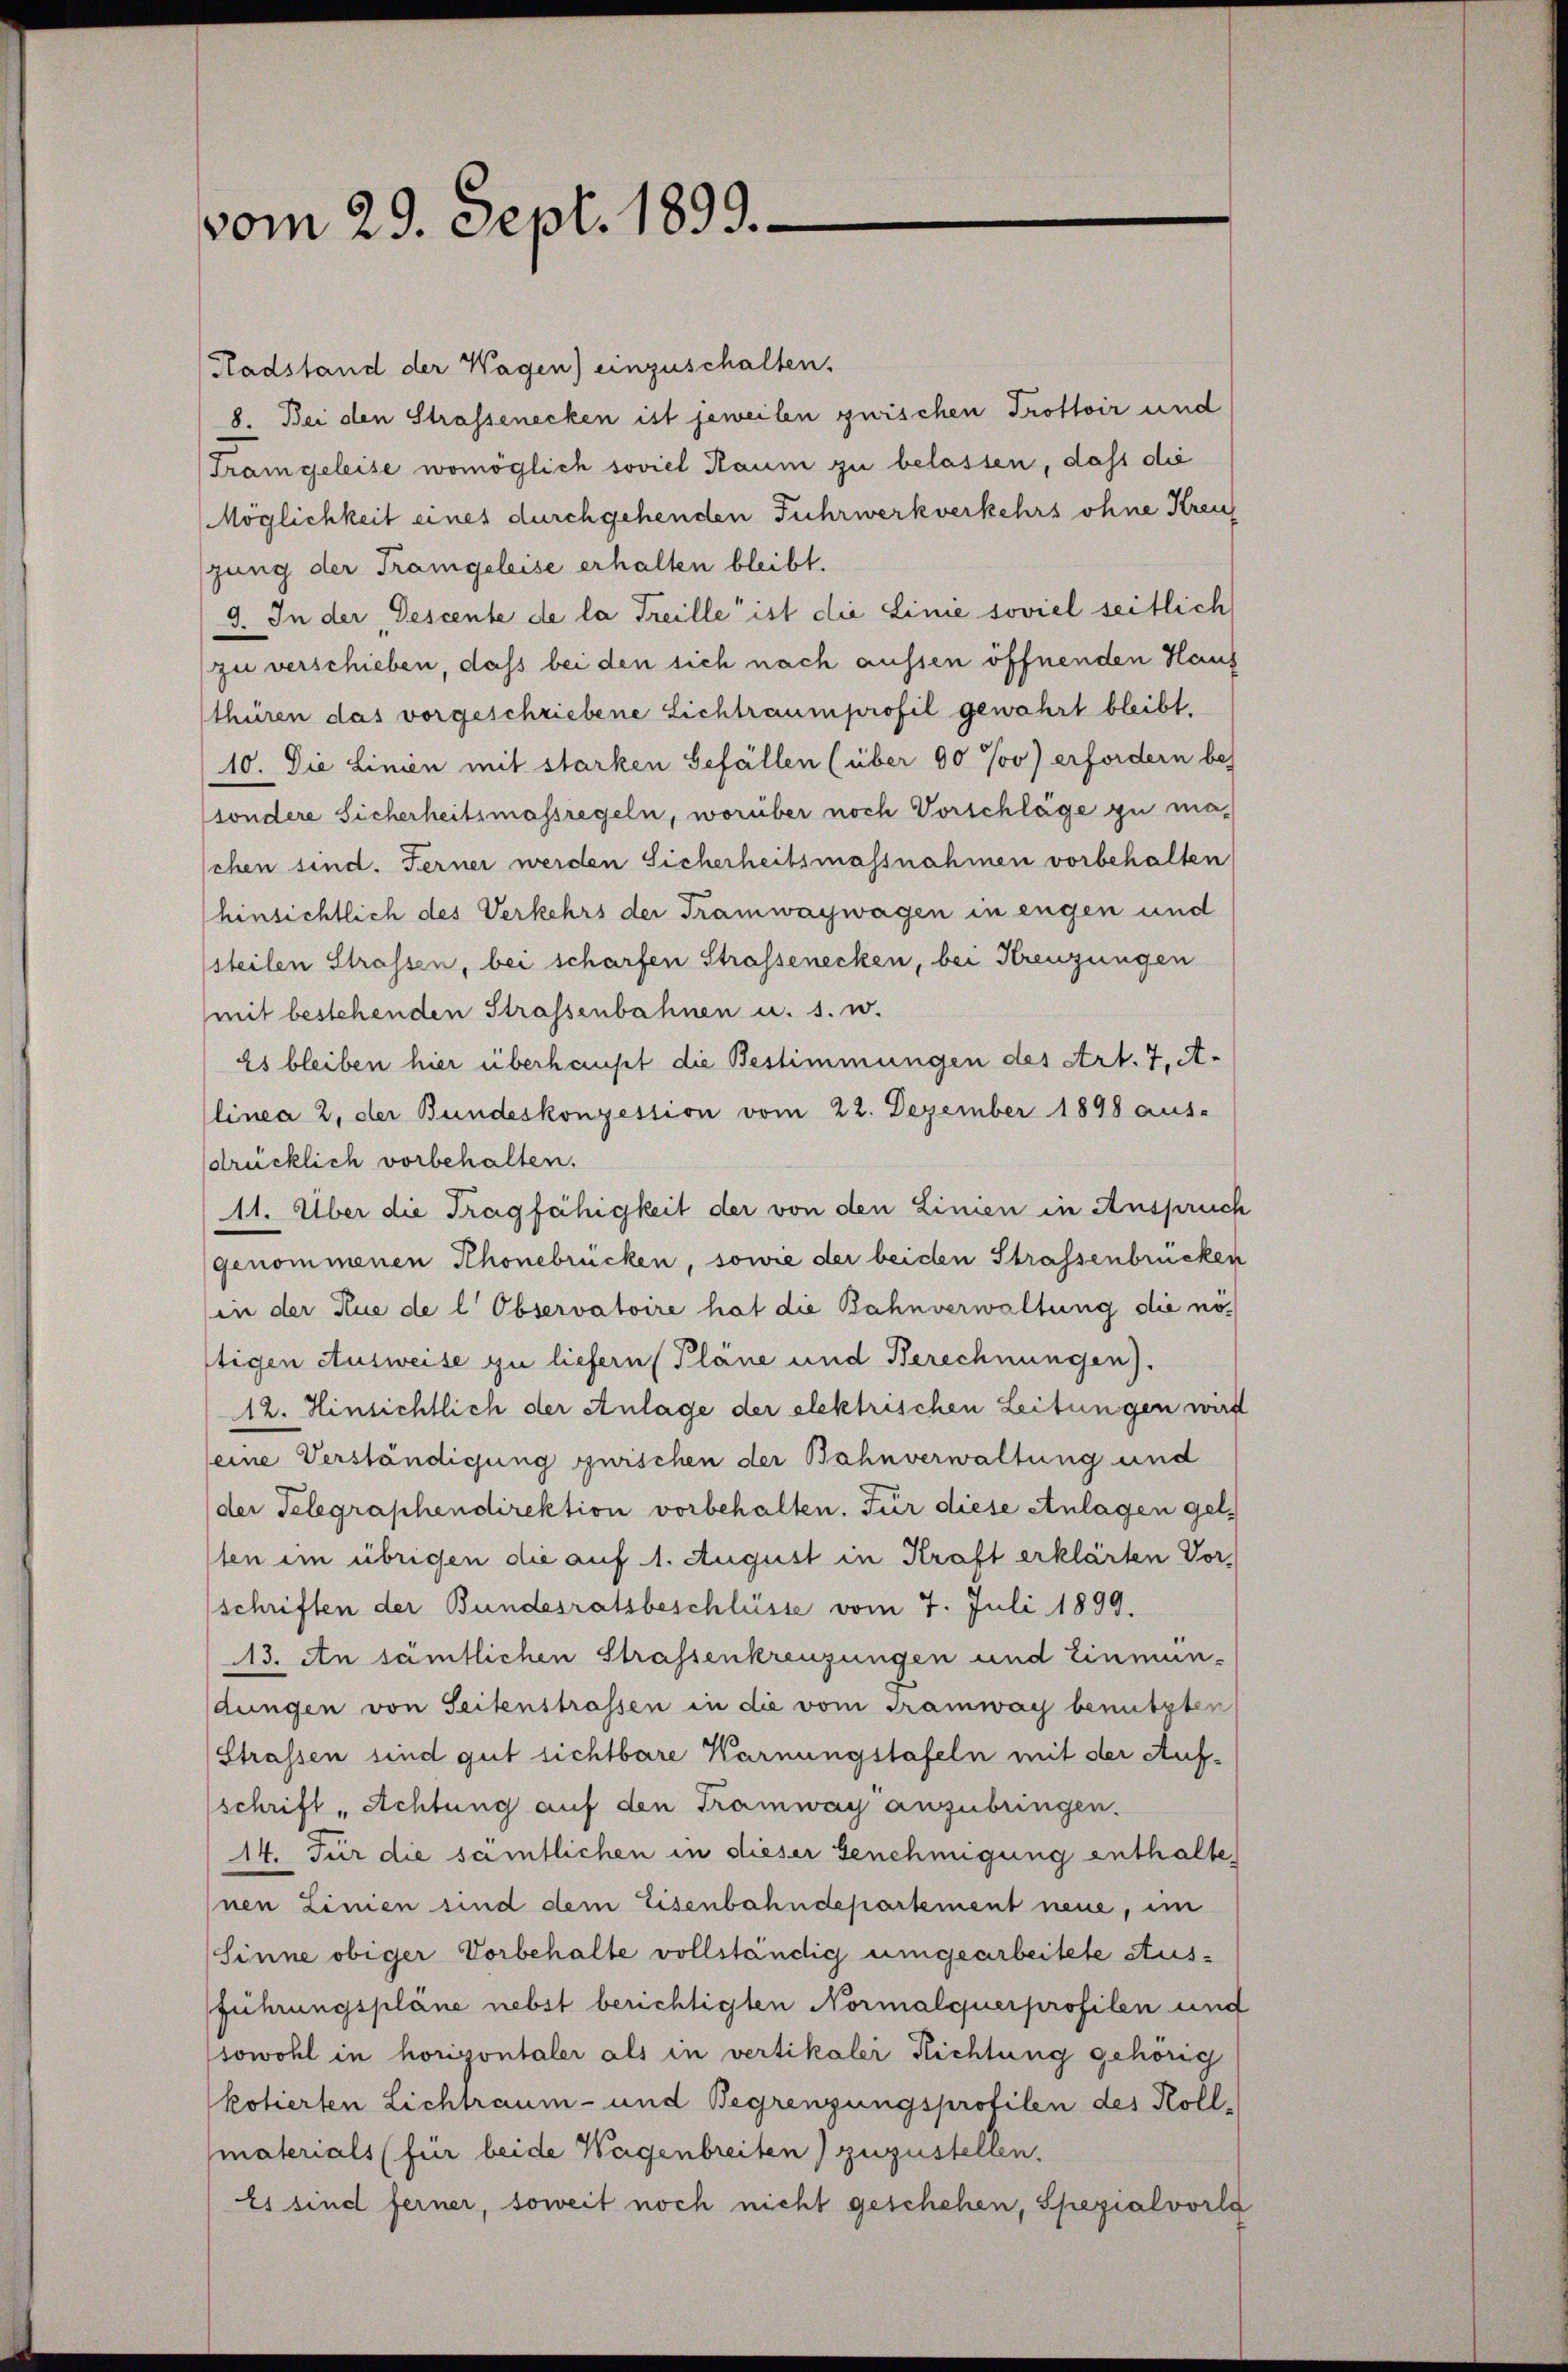
vom 29. Sept. 1899.

Radstand der Wagen) einzuschalten.
8. Bei den Strassenecken ist jeweilen guischen Trottoir und
Tram geleise womöglich soviel Raum zu belassen, dass die
Möglichkeit eines durchgehenden Fuhrwerkverkehrs ohne Kreu
zung der Trangeleise erhalten bleibt.
9. In der Descente de la Freille ist die Linie soviel seitlich
zu verschieben, daß bei den sich nach aussen öffnenden Haus
thüren das vorgeschriebene Lichtraumprofil gewahrt bleibt.
10. Die Linien mit starken Gefällen (über 90 Jo) erfordern be-
(sondere Sicherheitsmassregeln, worüber noch Vorschläge zu maschen sind. Ferner werden Sicherheitsmassnahmen vorbehalten
hinsichtlich des Verkehrs der Tramwaywagen in engen und
steilen Strassen, bei scharfen Strassenecken, bei Kreuzungen
mit bestehenden Strassenbahnen u. s. w.
Es bleiben hier überhaupt die Bestimmungen des Art. 7, A-
linea 2, der Bundeskonzession vom 22. Dezember 1898 aus-
drücklich vorbehalten.
A1. Über die Tragfähigkeit der von den Linien in Anspruch
genommenen Rhonebrücken, sowie der beiden Strassenbrücken
in der Aue de l Observatoire hat die Bahnverwaltung die nötigen Ausweise zu liefern Pläne und Berechnungen).
12. Hinsichtlich der Anlage der elektrischen Leitungen wird
eine Verständigung zwischen der Bahnverwaltung und
der Telegraphendirektion vorbehalten. Für diese Anlagen gelten im übrigen die auf 1. August in Kraft erklärten Vorschriften der Bundesratsbeschlüsse vom 7. Juli 1899.
13. An sämtlichen Strassenkreuzungen und Einmun-
dungen von Seitenstrassen in die vom Tramway benutzten
Strassen sind gut sichtbare Warnungstafeln mit der Aufschrift „Achtung auf den Tramway anzubringen.
14. Für die sämtlichen in dieser Genehmigung enthalte
nen Linien sind dem Eisenbahndepartement neue, im
Sinne obiger Vorbehalte vollständig umgearbeitete Stusführungspläne nebst berichtigten Normalquerprofilen und
sowohl in horizontaler als in vertikaler Richtung gehörig
kotierten Lichtraum- und Begrenzungsprofilen des Koll-
materials (für beide Wagenbreiten) zuzustellen.
Es sind ferner, soweit noch nicht geschehen, Spezialvorla